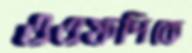
এএফপিকে